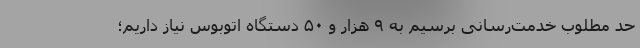
حد مطلوب خدمت‌رسانی برسیم به ۹ هزار و ۵۰ دستگاه اتوبوس نیاز داریم؛